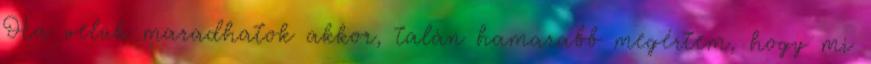
Ha velük maradhatok akkor, talán hamarabb megértem, hogy mi